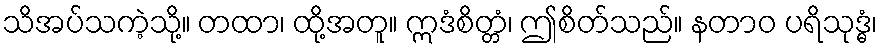
သိအပ်သကဲ့သို့။ တထာ၊ ထို့အတူ။ ဣဒံစိတ္တံ၊ ဤစိတ်သည်။ နတာဝ ပရိသုဒ္ဓံ၊